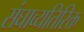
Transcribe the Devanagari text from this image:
संघाव्यतिरिक्त